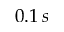
0 . 1 \, s